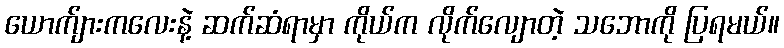
ယောက်ျားကလေးနဲ့ ဆက်ဆံရာမှာ ကိုယ်က လိုက်လျောတဲ့ သဘောကို ပြရမယ်။